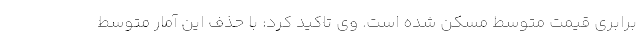
برابری قیمت متوسط مسکن شده است. وی تاکید کرد: با حذف این آمار متوسط